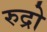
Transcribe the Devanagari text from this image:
रुद्रो